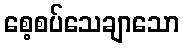
စေ့စပ်သေချာသော